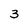
Character: 3